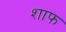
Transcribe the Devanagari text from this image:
शाफ